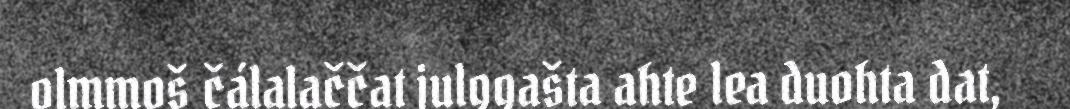
olmmoš čálalaččat julggašta ahte lea duohta dat,